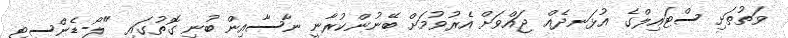
ވަތުތަށި ސްޓައިލްގެ އުޅަނދެއް ޖައްވަށް އެރުވުމަށް ބޭނުންކުރާނީ ނާސާއިން ބުނި ގޮތުގައި "ލޯ-ޑެންސިޓީ